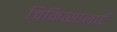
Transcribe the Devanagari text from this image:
चिकित्सालाएँ